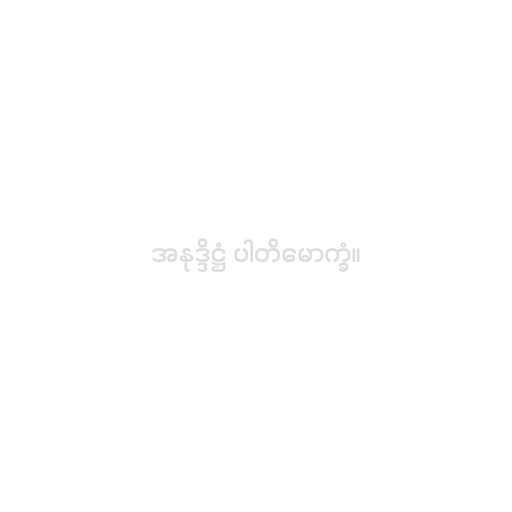
အနုဒ္ဒိဋ္ဌံ ပါတိမောက္ခံ။